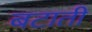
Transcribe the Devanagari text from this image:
बटाती